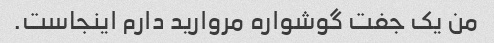
من یک جفت گوشواره مروارید دارم اینجاست.